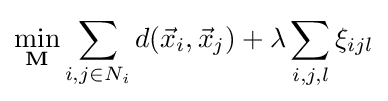
\min _{\mathbf {M} }\sum _{i,j\in N_{i}}d({\vec {x}}_{i},{\vec {x}}_{j})+\lambda \sum _{i,j,l}\xi _{ijl}